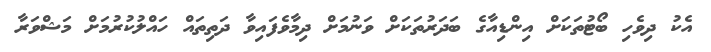
އެކު ދިވެހި ބޯޓުތަކަށް އިންޑިއާގެ ބަދަރުތަކަށް ވަނުމަށް ދިމާވެފައިވާ ދަތިތައް ހައްލުކުރުމަށް މަޝްވަރާ